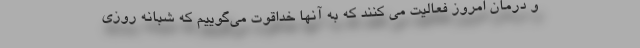
و درمان امروز فعالیت می کنند که به آنها خداقوت می‌گوییم که شبانه روزی